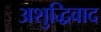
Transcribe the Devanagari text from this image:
अशुद्धिवाद